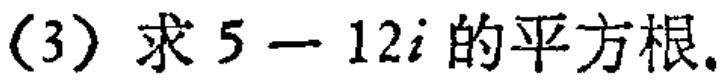
(3) 求 \(5 - 12i\) 的平方根.